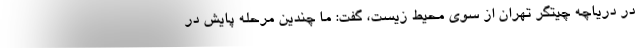
در دریاچه چیتگر تهران از سوی محیط زیست، گفت: ما چندین مرحله پایش در